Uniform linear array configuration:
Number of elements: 32
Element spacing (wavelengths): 0.5
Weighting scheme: exponential
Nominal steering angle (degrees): -30
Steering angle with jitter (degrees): -29.249
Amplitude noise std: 0.05
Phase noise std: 0.05

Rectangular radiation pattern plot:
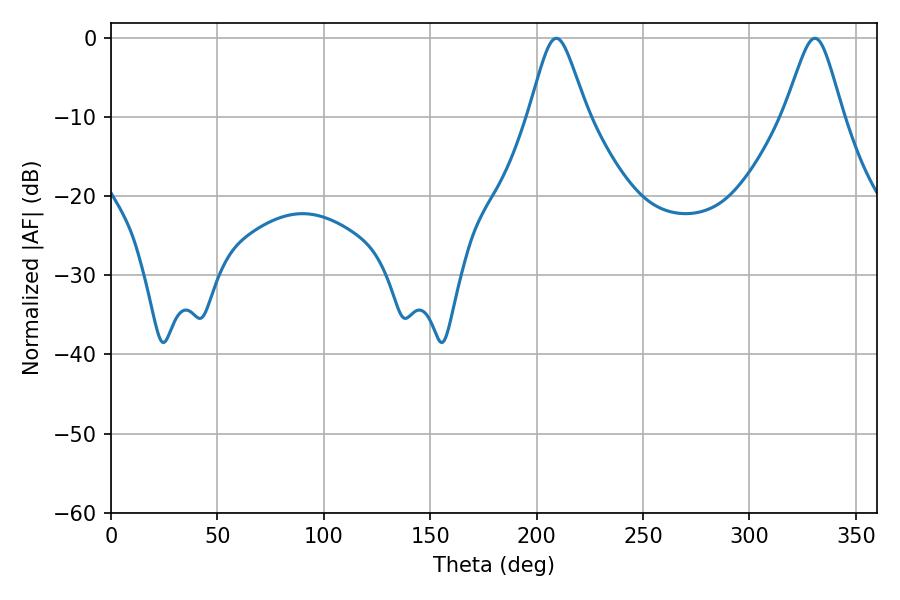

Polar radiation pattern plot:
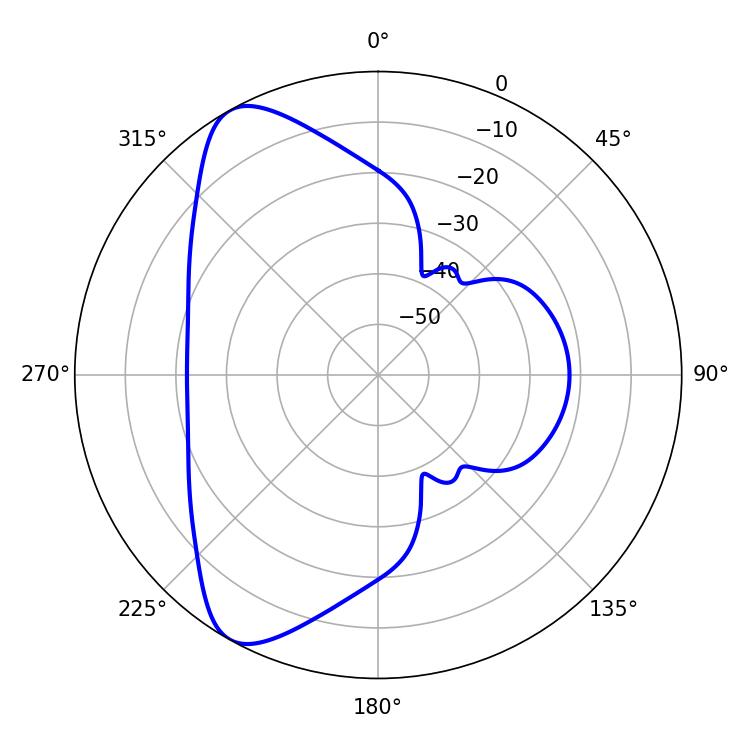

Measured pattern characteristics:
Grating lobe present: FALSE
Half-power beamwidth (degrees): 13.14
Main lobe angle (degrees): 209.16